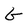
Character: G